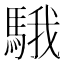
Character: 騀